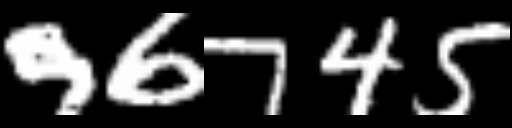
Text: 96745